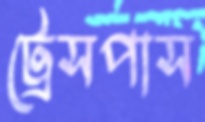
ট্রেসপাস